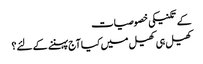
کے تکنیکی خصوصیات
کھیل ہی کھیل میں کیا آج پہننے کے لئے؟